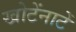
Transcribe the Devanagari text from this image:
खोटेंनाटें